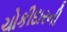
ચોકીદારની